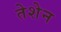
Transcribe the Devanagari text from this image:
तेशेन